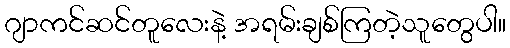
ဂျာကင်ဆင်တူလေးနဲ့ အရမ်းချစ်ကြတဲ့သူတွေပါ။